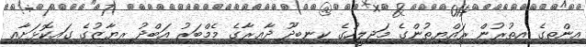
އިންތިގެ އިތުރުން ރައްޔިތުންގެ މަޖިލީހުގެ ކިނބިދޫ ދާއިރާގެ މެމްބަރު އަބްދު ރިޔާޒުގެ ގައިކޮޅަށާއި